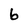
Character: b